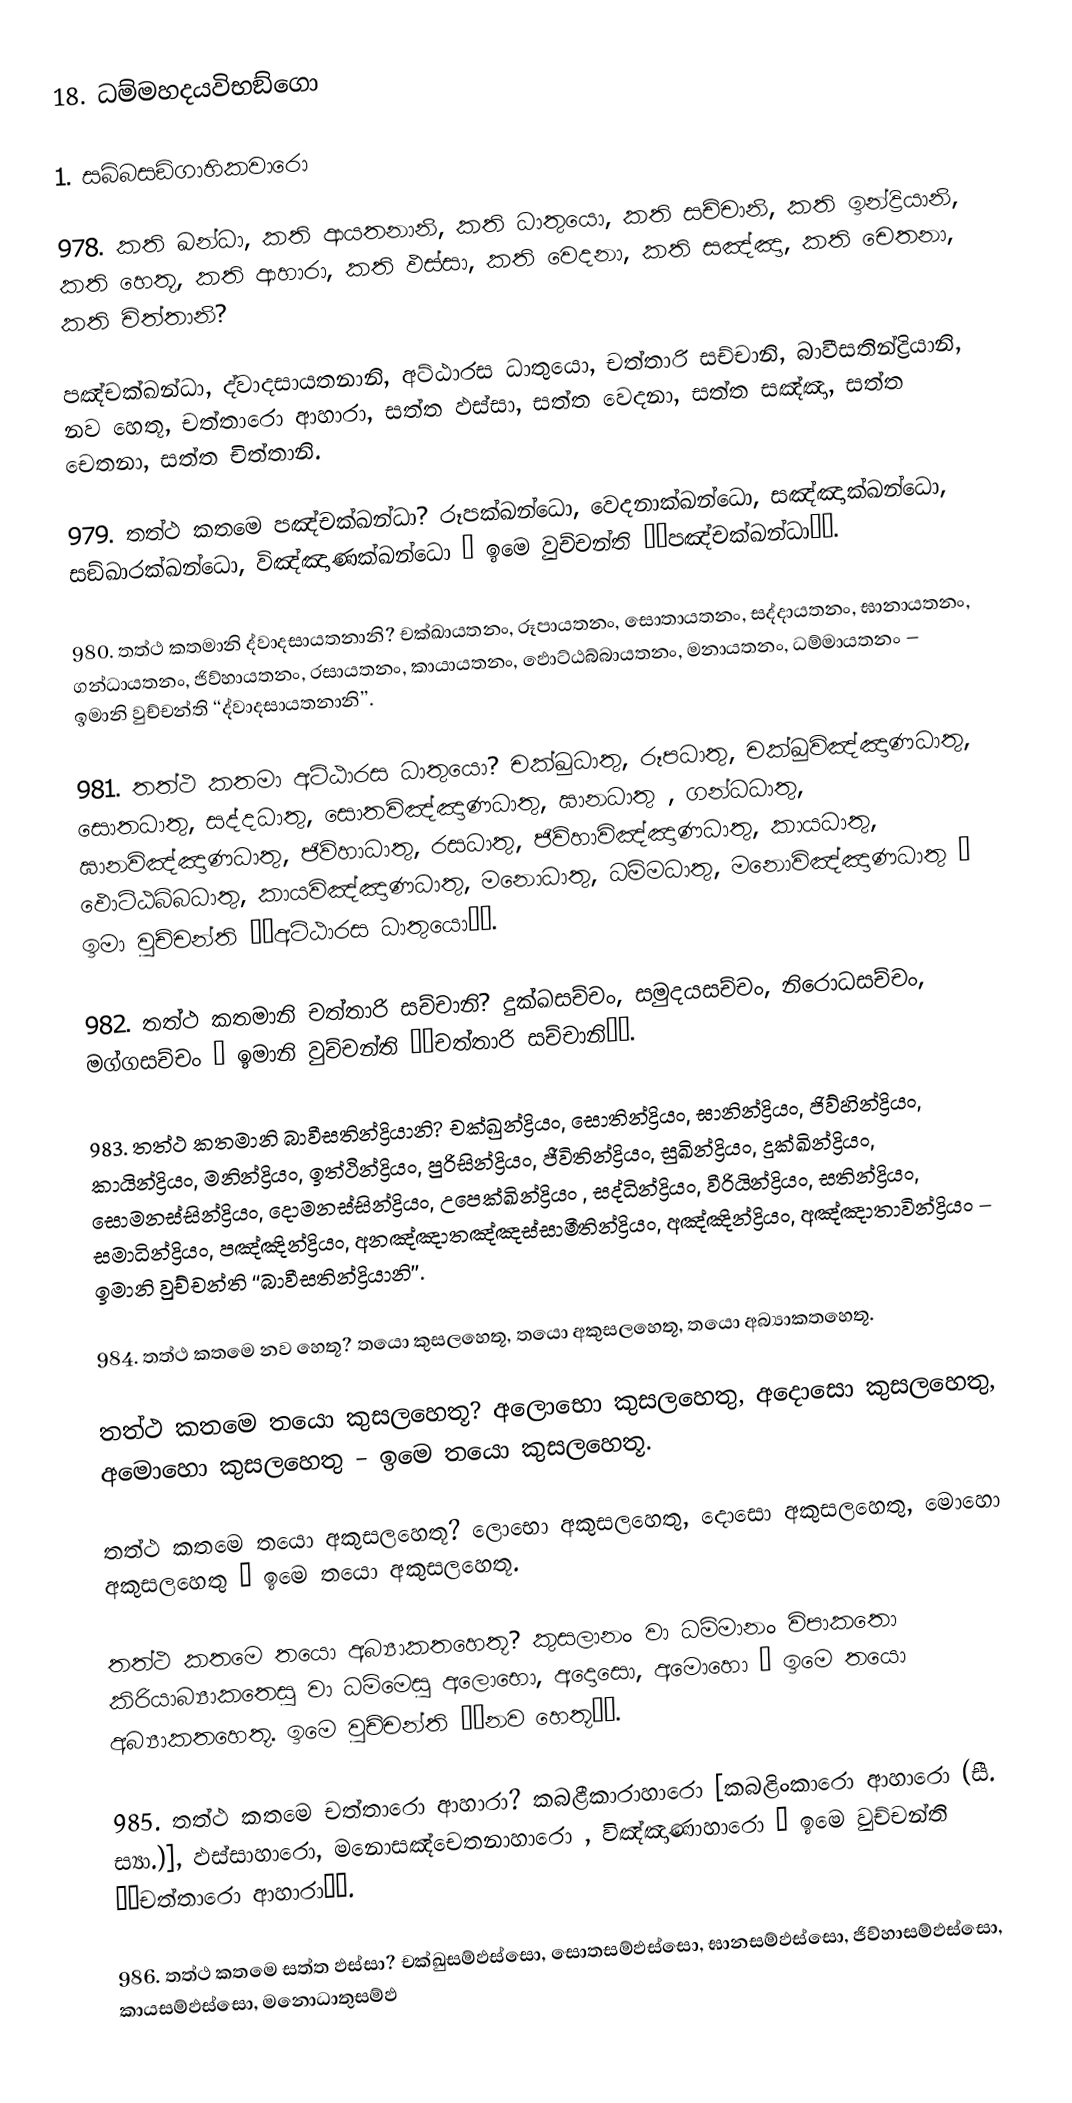
18. ධම්‌මහදයවිභඞ්‌ගො

1. සබ්‌බසඞ්‌ගාහිකවාරො

978. කති  ඛන්‌ධා, කති ආයතනානි, කති ධාතුයො, කති සච්‌චානි, කති ඉන්‌ද්‍රියානි, කති හෙතූ, කති ආහාරා, කති ඵස්‌සා, කති වෙදනා, කති සඤ්‌ඤා, කති චෙතනා, කති චිත්‌තානි?

පඤ්‌චක්‌ඛන්‌ධා, ද්‌වාදසායතනානි, අට්‌ඨාරස ධාතුයො, චත්‌තාරි  සච්‌චානි, බාවීසතින්‌ද්‍රියානි, නව හෙතූ, චත්‌තාරො ආහාරා, සත්‌ත ඵස්‌සා, සත්‌ත වෙදනා, සත්‌ත සඤ්‌ඤා, සත්‌ත චෙතනා, සත්‌ත චිත්‌තානි.

979. තත්‌ථ කතමෙ පඤ්‌චක්‌ඛන්‌ධා? රූපක්‌ඛන්‌ධො, වෙදනාක්‌ඛන්‌ධො, සඤ්‌ඤාක්‌ඛන්‌ධො, සඞ්‌ඛාරක්‌ඛන්‌ධො, විඤ්‌ඤාණක්‌ඛන්‌ධො – ඉමෙ වුච්‌චන්‌ති ‘‘පඤ්‌චක්‌ඛන්‌ධා’’.

980. තත්‌ථ කතමානි ද්‌වාදසායතනානි? චක්‌ඛායතනං, රූපායතනං, සොතායතනං, සද්‌දායතනං, ඝානායතනං, ගන්‌ධායතනං, ජිව්‌හායතනං, රසායතනං, කායායතනං, ඵොට්‌ඨබ්‌බායතනං, මනායතනං, ධම්‌මායතනං – ඉමානි වුච්‌චන්‌ති ‘‘ද්‌වාදසායතනානි’’.

981. තත්‌ථ කතමා අට්‌ඨාරස ධාතුයො? චක්‌ඛුධාතු, රූපධාතු, චක්‌ඛුවිඤ්‌ඤාණධාතු, සොතධාතු, සද්‌දධාතු, සොතවිඤ්‌ඤාණධාතු, ඝානධාතු , ගන්‌ධධාතු, ඝානවිඤ්‌ඤාණධාතු, ජිව්‌හාධාතු, රසධාතු, ජිව්‌හාවිඤ්‌ඤාණධාතු, කායධාතු, ඵොට්‌ඨබ්‌බධාතු, කායවිඤ්‌ඤාණධාතු, මනොධාතු, ධම්‌මධාතු, මනොවිඤ්‌ඤාණධාතු – ඉමා වුච්‌චන්‌ති ‘‘අට්‌ඨාරස ධාතුයො’’.

982. තත්‌ථ කතමානි චත්‌තාරි සච්‌චානි? දුක්‌ඛසච්‌චං, සමුදයසච්‌චං, නිරොධසච්‌චං, මග්‌ගසච්‌චං – ඉමානි වුච්‌චන්‌ති ‘‘චත්‌තාරි සච්‌චානි’’.

983. තත්‌ථ කතමානි බාවීසතින්‌ද්‍රියානි? චක්‌ඛුන්‌ද්‍රියං, සොතින්‌ද්‍රියං, ඝානින්‌ද්‍රියං, ජිව්‌හින්‌ද්‍රියං, කායින්‌ද්‍රියං, මනින්‌ද්‍රියං, ඉත්‌ථින්‌ද්‍රියං, පුරිසින්‌ද්‍රියං, ජීවිතින්‌ද්‍රියං, සුඛින්‌ද්‍රියං, දුක්‌ඛින්‌ද්‍රියං, සොමනස්‌සින්‌ද්‍රියං, දොමනස්‌සින්‌ද්‍රියං, උපෙක්‌ඛින්‌ද්‍රියං , සද්‌ධින්‌ද්‍රියං, වීරියින්‌ද්‍රියං, සතින්‌ද්‍රියං, සමාධින්‌ද්‍රියං, පඤ්‌ඤින්‌ද්‍රියං, අනඤ්‌ඤාතඤ්‌ඤස්‌සාමීතින්‌ද්‍රියං, අඤ්‌ඤින්‌ද්‍රියං, අඤ්‌ඤාතාවින්‌ද්‍රියං – ඉමානි වුච්‌චන්‌ති ‘‘බාවීසතින්‌ද්‍රියානි’’.

984. තත්‌ථ  කතමෙ නව හෙතූ? තයො කුසලහෙතූ, තයො අකුසලහෙතූ, තයො අබ්‍යාකතහෙතූ.

තත්‌ථ කතමෙ තයො කුසලහෙතූ? අලොභො කුසලහෙතු, අදොසො කුසලහෙතු, අමොහො කුසලහෙතු – ඉමෙ තයො කුසලහෙතූ.

තත්‌ථ කතමෙ තයො අකුසලහෙතූ? ලොභො අකුසලහෙතු, දොසො අකුසලහෙතු, මොහො අකුසලහෙතු – ඉමෙ තයො අකුසලහෙතූ.

තත්‌ථ කතමෙ තයො අබ්‍යාකතහෙතූ? කුසලානං වා ධම්‌මානං විපාකතො කිරියාබ්‍යාකතෙසු වා ධම්‌මෙසු අලොභො, අදොසො, අමොහො – ඉමෙ තයො අබ්‍යාකතහෙතූ. ඉමෙ වුච්‌චන්‌ති ‘‘නව හෙතූ’’.

985. තත්‌ථ කතමෙ චත්‌තාරො ආහාරා? කබළීකාරාහාරො [කබළිංකාරො ආහාරො (සී. ස්‍යා.)], ඵස්‌සාහාරො, මනොසඤ්‌චෙතනාහාරො , විඤ්‌ඤාණාහාරො – ඉමෙ වුච්‌චන්‌ති ‘‘චත්‌තාරො ආහාරා’’.

986. තත්‌ථ  කතමෙ සත්‌ත ඵස්‌සා? චක්‌ඛුසම්‌ඵස්‌සො, සොතසම්‌ඵස්‌සො, ඝානසම්‌ඵස්‌සො, ජිව්‌හාසම්‌ඵස්‌සො, කායසම්‌ඵස්‌සො, මනොධාතුසම්‌ඵ